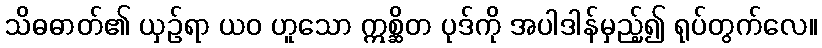
သိဓဓာတ်၏ ယှဉ်ရာ ယဝ ဟူသော ဣစ္ဆိတ ပုဒ်ကို အပါဒါန်မှည့်၍ ရုပ်တွက်လေ။